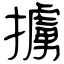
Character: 擄